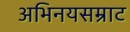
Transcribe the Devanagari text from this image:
अभिनयसम्राट